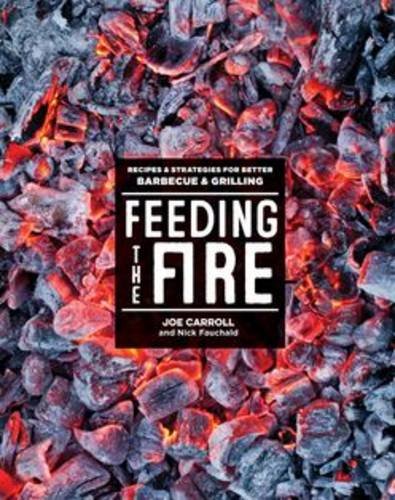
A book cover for Feeding the Fire: Recipes and Strategies for Better Barbecue and Grilling; Joe Carroll; Cookbooks, Food & Wine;